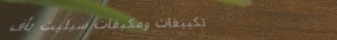
تكييفات ومكيفات سبليت بأف